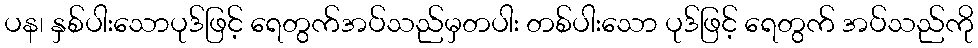
ပန၊ နှစ်ပါးသောပုဒ်ဖြင့် ရေတွက်အပ်သည်မှတပါး တစ်ပါးသော ပုဒ်ဖြင့် ရေတွက် အပ်သည်ကို